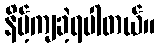
နိမ့်ကျခဲ့ရပါတယ်။